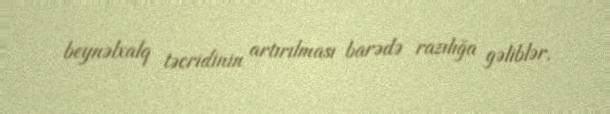
beynəlxalq təcridinin artırılması barədə razılığa gəliblər.